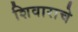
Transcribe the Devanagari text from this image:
शिवाराचे